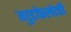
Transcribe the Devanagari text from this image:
गुडफेलोची